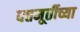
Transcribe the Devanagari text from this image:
दत्तमूर्तीच्या